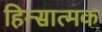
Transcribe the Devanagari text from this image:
हिन्सात्मक